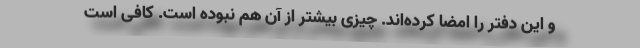
و این دفتر را امضا کرده‌اند. چیزی بیشتر از آن هم نبوده است. کافی است